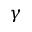
\gamma